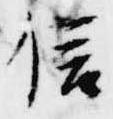
信